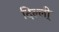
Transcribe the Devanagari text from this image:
दिल्ली्